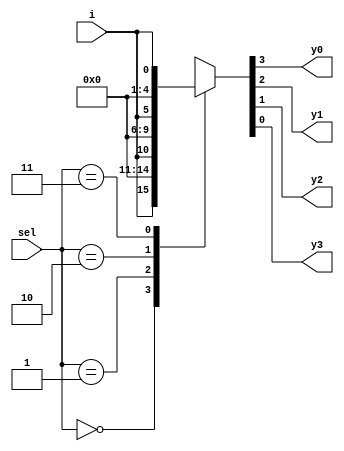

// Code your design here

module demux(input [1:0]sel,
             input i,
             output reg  y0,y1,y2,y3);

  
  always@(*)begin
    case(sel)
      2'b00:{y0,y1,y2,y3} = {i,3'b0};
      2'b01:{y0,y1,y2,y3} = {1'b0,i,2'b0};
      2'b10:{y0,y1,y2,y3} = {2'b0,i,1'b0};
      2'b11:{y0,y1,y2,y3} = {3'b0,i};
      default:$display("invalid no.");
    endcase
  end

endmodule